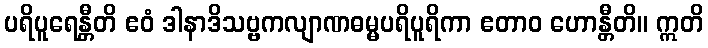
ပရိပူရေန္တီတိ ဧဝံ ဒါနာဒိသဗ္ဗကလျာဏဓမ္မပရိပူရိကာ ဧတာဝ ဟောန္တီတိ။ ဣတိ